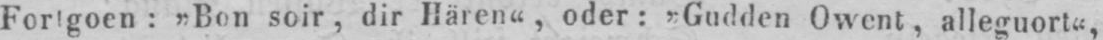
„Bon soir, dir Hären“, oder: „Gudden Owent, alleguort“,